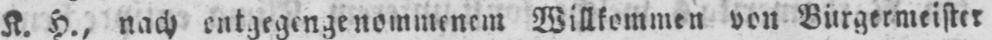
K. H., nach entgegengenommenem Willkommen von Bürgermeister